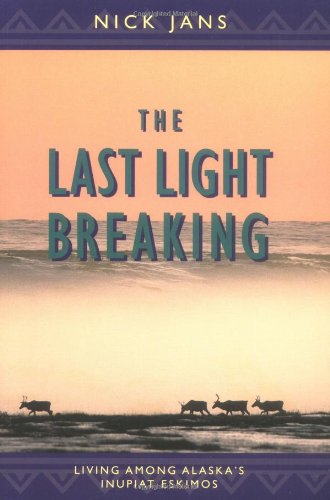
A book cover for The Last Light Breaking: Living Among Alaska's Inupiat Eskimos; Nick Jans; Travel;